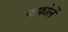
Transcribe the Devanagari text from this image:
फफोलें